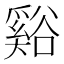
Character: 谿